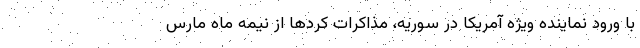
با ورود نماینده ویژه آمریکا در سوریه، مذاکرات کردها از نیمه ماه مارس